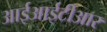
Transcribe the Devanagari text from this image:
आईआईटीआर